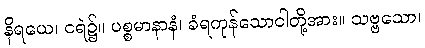
နိရယေ၊ ငရဲ၌။ ပစ္စမာနာနံ၊ ခံရကုန်သောငါတို့အား။ သဗ္ဗသော၊